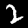
Digit: 2